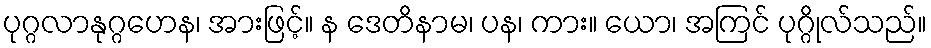
ပုဂ္ဂလာနုဂ္ဂဟေန၊ အားဖြင့်။ န ဒေတိနာမ၊ ပန၊ ကား။ ယော၊ အကြင် ပုဂ္ဂိုလ်သည်။